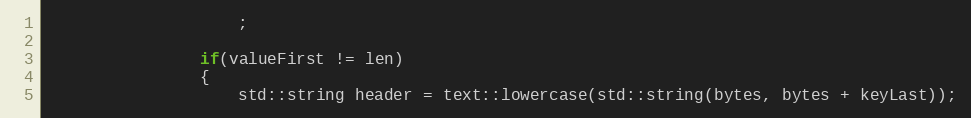
Language: C++
					;

				if(valueFirst != len)
				{
					std::string header = text::lowercase(std::string(bytes, bytes + keyLast));